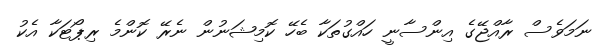
ނަމަވެސް ރާއްޖޭގެ އިންސާނީ ހައްގުތަކާ ބެހޭ ކޮމިޝަނުން ނެރޭ ކޮންމެ ރިޕޯޓަކާ އެކު